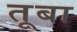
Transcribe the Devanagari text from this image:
तूबा